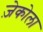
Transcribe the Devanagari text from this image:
ज़ेकोला